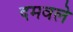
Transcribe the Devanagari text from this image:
दमवले